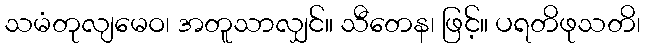
သမံတုလျမေဝ၊ အတူသာလျှင်။ သီတေန၊ ဖြင့်။ ပရတိဖုသတိ၊